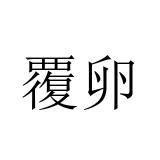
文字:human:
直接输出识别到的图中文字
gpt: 覆卵